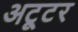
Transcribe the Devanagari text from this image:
अट्टूर